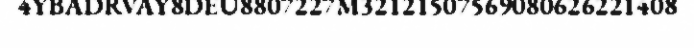
4YBADRVAY8DEU8807227M32121507569080626221408